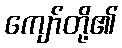
ကျော်တို့၏